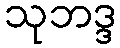
သုဘဒ္ဒ